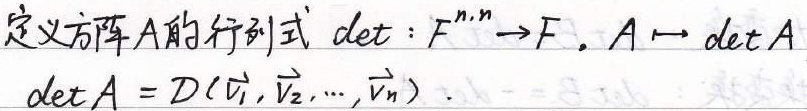
定义方阵 $A$ 的行列式 $\det:F^{n,n}\to F$，$A\mapsto \det A$，$\det A = D(\vec{v}_1,\vec{v}_2,\cdots,\vec{v}_n)$.